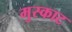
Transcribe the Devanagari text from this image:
मुस्काट